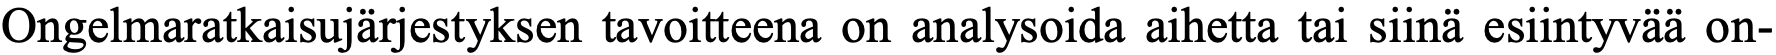
Ongelmaratkaisujärjestyksen tavoitteena on analysoida aihetta tai siinä esiintyvää on-